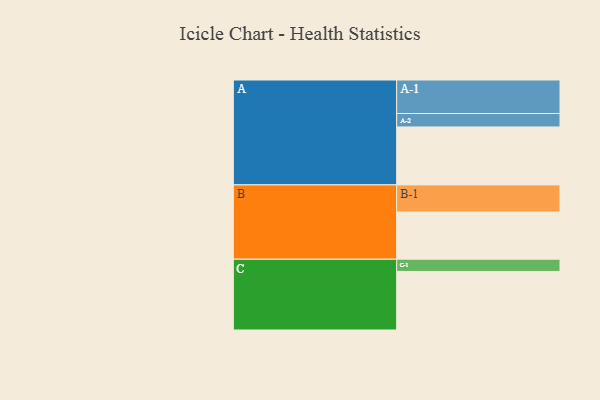
{"axis": {"x": "Segment", "y": "Value"}, "legend": ["", "A", "B", "C"], "data": [{"x": "A", "y": 474, "type": ""}, {"x": "B", "y": 386, "type": ""}, {"x": "C", "y": 479, "type": ""}, {"x": "A-1", "y": 274, "type": "A"}, {"x": "A-2", "y": 110, "type": "A"}, {"x": "B-1", "y": 222, "type": "B"}, {"x": "C-1", "y": 100, "type": "C"}]}